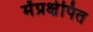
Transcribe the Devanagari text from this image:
मेंप्रक्षेपित